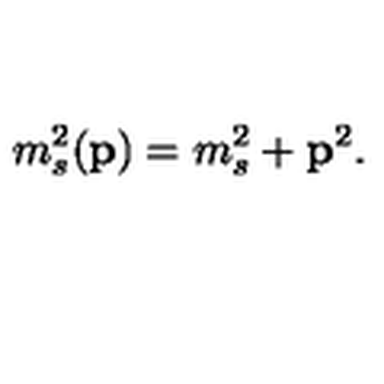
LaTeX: m _ { s } ^ { 2 } ( { \bf p } ) = m _ { s } ^ { 2 } + { \bf p } ^ { 2 } .